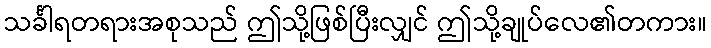
သင်္ခါရတရားအစုသည် ဤသို့ဖြစ်ပြီးလျှင် ဤသို့ချုပ်လေ၏တကား။